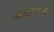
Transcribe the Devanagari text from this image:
श्रवणिक